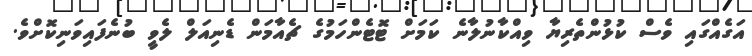
އަގެއްގައި ވެސް ކުޅުންތެރިޔާ ވިއްކާނުލާނެ ކަމަށް ޓޮޓެންހަމުގެ ޗެއާމަން ޑެނިއަލް ލެވީ ބުނެފައިވަނިކޮށްވެ.